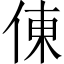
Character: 倲